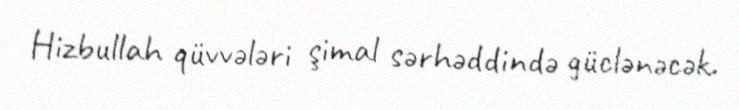
Hizbullah qüvvələri şimal sərhəddində güclənəcək.